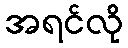
အရင်လို